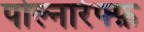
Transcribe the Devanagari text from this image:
पोल्नारेफ्फ़